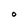
Character: O